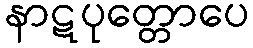
နာဋပုတ္တောပေ